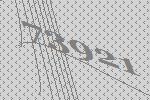
73921